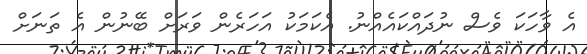
އެ ވާހަކަ ވެސް ނުދައްކައެއްނު. އެކަމަކު އަހަރެން ވަރަށް ބޭނުން އެ ތަނަށް